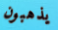
يذهبون